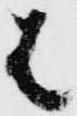
は